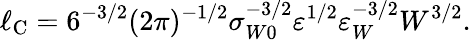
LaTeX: \ell_{\mathrm{{C}}}=6^{-3/2}(2\pi)^{-1/2}\sigma_{W0}^{-3/2}\varepsilon^{1/2}\varepsilon_{W}^{-3/2}W^{3/2}.